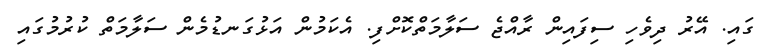
ގައި. އޭރު ދިވެހި ސިފައިން ރާއްޖެ ސަލާމަތްކޮށްފި. އެކަމުން އަޅުގަނޑުމެން ސަލާމަތް ކުރުމުގައި